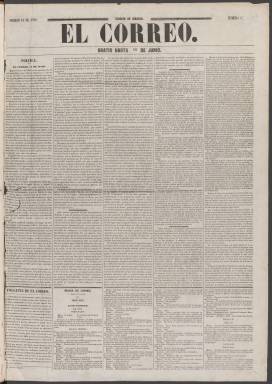
Título: El Correo (Madrid. 1847)
Colección: Periódicos anteriores a 1850
Ámbito geográfico: Madrid
Lugar de publicación: Madrid
Fechas: 10/06/1847-07/10/1847